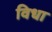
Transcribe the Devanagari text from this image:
विधा